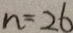
n = 2 6